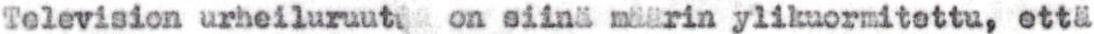
Television urheiluruutu on siinä määrin ylikuormitettu, että